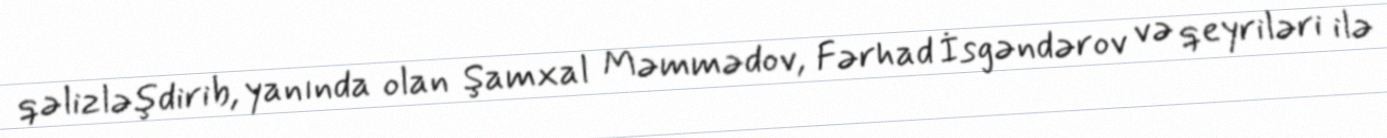
qəlizləşdirib, yanında olan Şamxal Məmmədov, Fərhad İsgəndərov və qeyriləri ilə